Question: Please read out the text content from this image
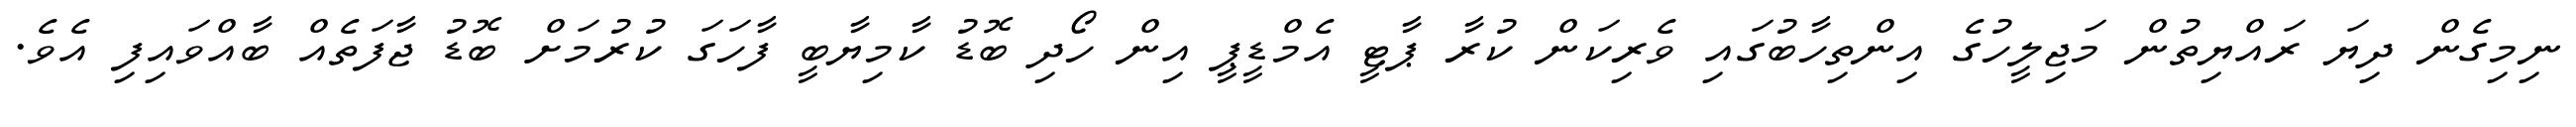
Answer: ނިމިގެން ދިޔަ ރައްޔިތުން މަޖިލީހުގެ އިންތިހާބުގައި ވެރިކަން ކުރާ ޕާޓީ އެމްޑީޕީ އިން ހޯދި ބޮޑު ކާމިޔާބީ ފާހަގަ ކުރުމަށް ބޮޑު ޖާފަތެއް ބާއްވައިފި އެވެ.